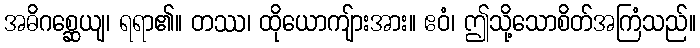
အဓိဂစ္ဆေယျ၊ ရရာ၏။ တဿ၊ ထိုယောကျ်ားအား။ ဧဝံ၊ ဤသို့သောစိတ်အကြံသည်။